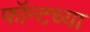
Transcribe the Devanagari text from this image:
फॉन्टच्या